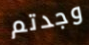
وجدتم